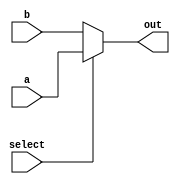
`timescale 1ns / 1ps
//////////////////////////////////////////////////////////////////////////////////
// Company: 
// Engineer: 
// 
// Design Name: 
// Module Name: mux32_2
// Project Name: 
// Target Devices: 
// Tool Versions: 
// Description: 
// 
// Dependencies: 
// 
// Revision:
// Revision 0.01 - File Created
// Additional Comments:
// 
//////////////////////////////////////////////////////////////////////////////////


module mux32_2 (
    input [31:0] a,
    input [31:0] b,
    input select,
    output reg [31:0] out
);

always @(*) begin
    if (select == 1)
        out <= a;
    else
        out <= b;
end

endmodule